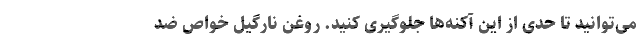
می­توانید تا حدی از این آکنه­ها جلوگیری کنید. روغن نارگیل خواص ضد